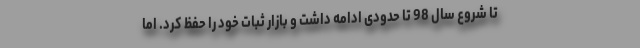
تا شروع سال 98 تا حدودی ادامه داشت و بازار ثبات خود را حفظ کرد. اما